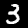
Label: 3